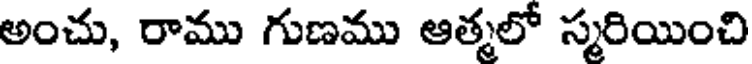
అంచు, రాము గుణము ఆత్మలో స్మరియించి